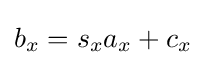
b_{x}=s_{x}a_{x}+c_{x}